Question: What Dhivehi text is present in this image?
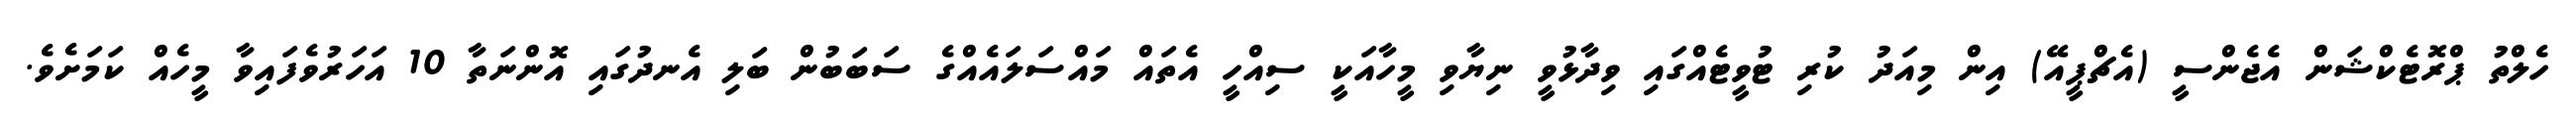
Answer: ހެލްތު ޕްރޮޓެކްޝަން އެޖެންސީ (އެޗްޕީއޭ) އިން މިއަދު ކުރި ޓުވީޓެއްގައި ވިދާޅުވީ ނިޔާވި މީހާއަކީ ސިއްހީ އެތައް މައްސަލައެއްގެ ސަބަބުން ބަލި އެނދުގައި އޮންނަތާ 10 އަހަރުވެފައިވާ މީހެއް ކަމަށެވެ.